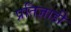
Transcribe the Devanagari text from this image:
प्रतिज्ञाही